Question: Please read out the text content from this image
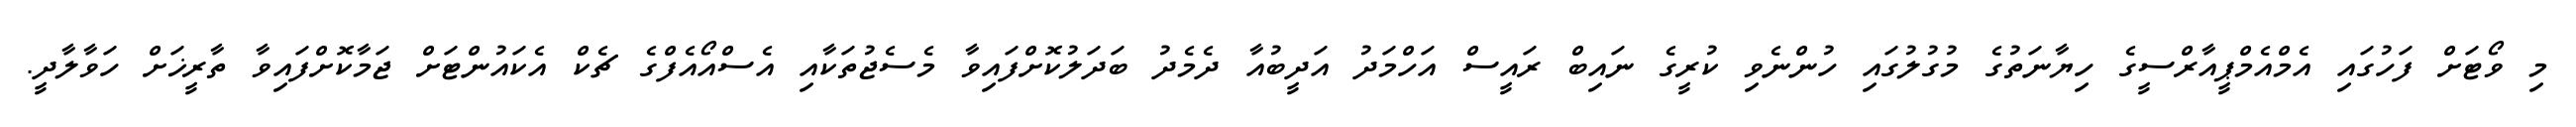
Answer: މި ވޯޓަށް ފަހުގައި އެމްއެމްޕީއާރްސީގެ ހިޔާނަތުގެ މުގުލުގައި ހުންނެވި ކުރީގެ ނައިބް ރައީސް އަހްމަދު އަދީބުއާ ދެމެދު ބަދަލުކޮށްފައިވާ މެސެޖުތަކާއި އެސްއޯއެފްގެ ޗެކް އެކައުންޓަށް ޖަމާކޮށްފައިވާ ތާރީޚަށް ހަވާލާދީ.